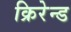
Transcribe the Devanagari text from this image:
क्रिरेन्ड